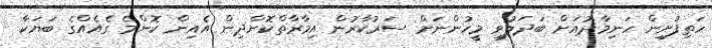
ހަތިފުށިން ހަނިމާދުއަށް ބަދަލުވި މީހުންނަށް ސަރުކާރުން އިމާރާތްކޮށްދިން އެއިން ކޮންމެ ގެއެއްގެ ބަޔަކާ